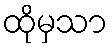
ထိုမှသာ